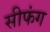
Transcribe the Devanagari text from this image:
सीफंग